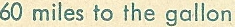
60 miles to the gallon